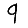
Digit: 9